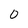
Character: 0